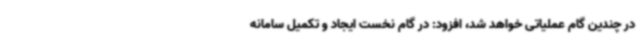
در چندین گام عملیاتی خواهد شد، افزود: در گام نخست ایجاد و تکمیل سامانه